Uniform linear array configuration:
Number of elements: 4
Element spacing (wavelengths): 0.75
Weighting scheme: binomial
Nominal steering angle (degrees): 45
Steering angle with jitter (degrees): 43.236
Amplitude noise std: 0.05
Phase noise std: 0.05

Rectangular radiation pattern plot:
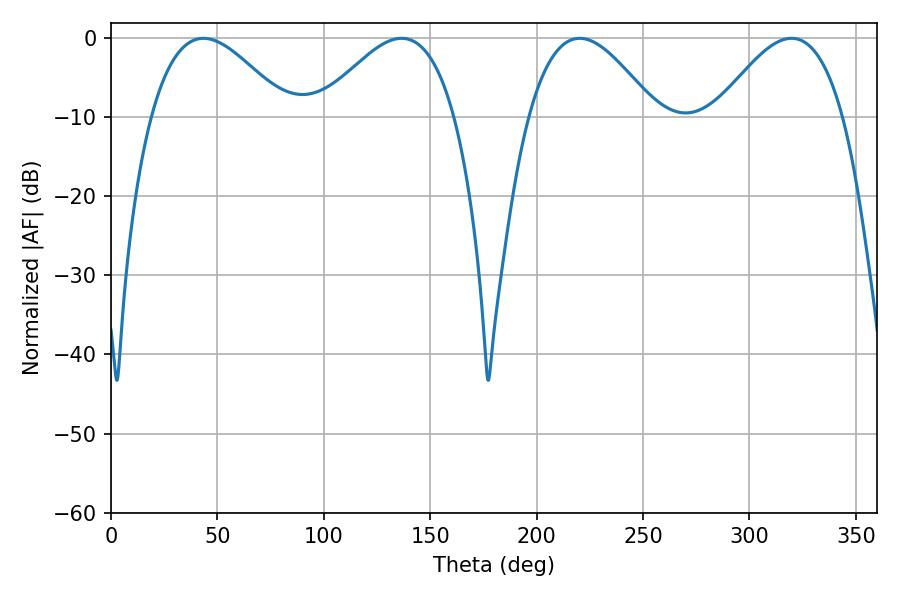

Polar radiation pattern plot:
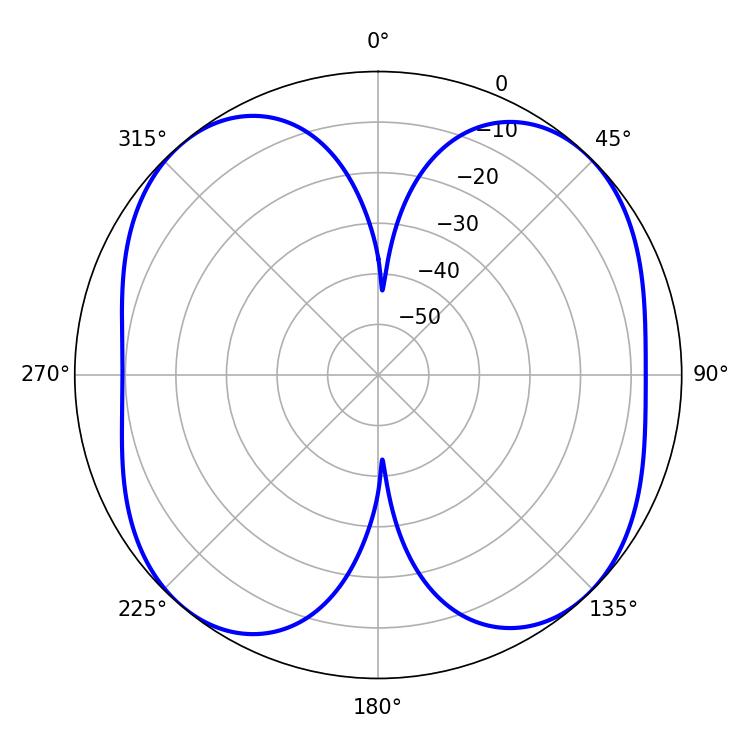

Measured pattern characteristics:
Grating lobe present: TRUE
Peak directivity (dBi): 12.403
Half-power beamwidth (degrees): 34.56
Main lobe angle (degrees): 43.38